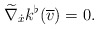
\begin{align*} \widetilde{ \nabla } _{ \dot{x} } k ^\flat ( \overline{ v } ) = 0 . \end{align*}